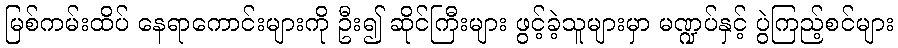
မြစ်ကမ်းထိပ် နေရာကောင်းများကို ဦး၍ ဆိုင်ကြီးများ ဖွင့်ခဲ့သူများမှာ မဏ္ဍပ်နှင့် ပွဲကြည့်စင်များ